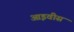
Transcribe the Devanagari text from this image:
आइवीस